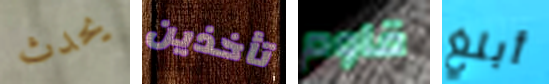
يحدث تأخذين قاوم أبلغ